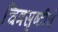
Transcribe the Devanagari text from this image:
चित्रसृष्टीचे